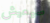
سيعيش